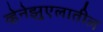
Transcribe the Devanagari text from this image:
व्हेनेझुएलातील